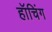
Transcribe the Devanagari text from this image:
हॉचिंग